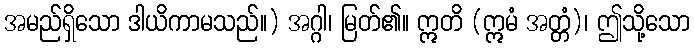
အမည်ရှိသော ဒါယိကာမသည်။) အဂ္ဂါ၊ မြတ်၏။ ဣတိ (ဣမံ အတ္တံ)၊ ဤသို့သော